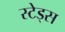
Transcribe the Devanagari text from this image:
स्टेड्स